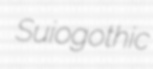
Suiogothic